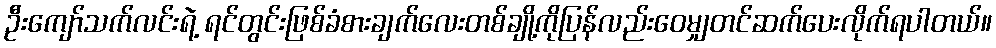
ဦးကျော်သက်လင်းရဲ့ ရင်တွင်းဖြစ်ခံစားချက်လေးတစ်ချို့ကိုပြန်လည်းဝေမျှတင်ဆက်ပေးလိုက်ရပါတယ်။